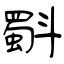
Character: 斣